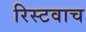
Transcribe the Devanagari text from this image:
रिस्टवाच